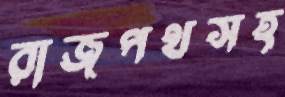
রাজপথসহ